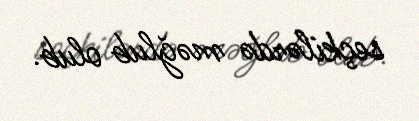
seçkilərdə məğlub olub.